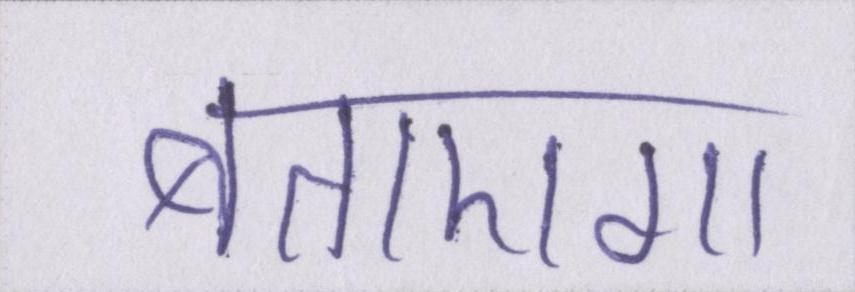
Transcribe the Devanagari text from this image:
बताएगा